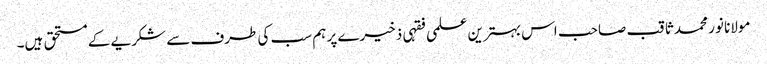
مولانا نور محمد ثاقب صاحب اس بہترین علمی فقہی ذخیرے پر ہم سب کی طرف سے شکریے کے مستحق ہیں۔